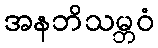
အနဘိသမ္ဘဝံ